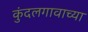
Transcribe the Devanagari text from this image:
कुंदलगावाच्या